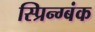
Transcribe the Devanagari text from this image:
स्प्रिन्ग्बंक